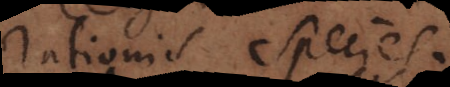
rationis species.